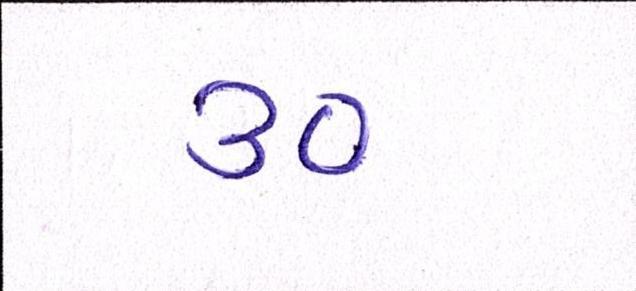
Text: ૩૦